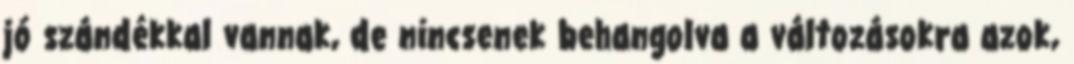
jó szándékkal vannak, de nincsenek behangolva a változásokra azok,